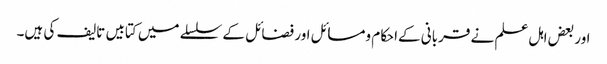
اور بعض اہل علم نے قربانی کےاحکام ومسائل اور فضائل کے سلسلے میں کتابیں تالیف کی ہیں۔